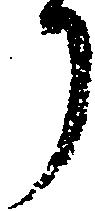
り